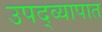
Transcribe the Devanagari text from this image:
उपद्व्यापात